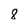
Character: 8